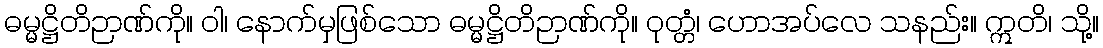
ဓမ္မဋ္ဌိတိဉာဏ်ကို။ ဝါ၊ နောက်မှဖြစ်သော ဓမ္မဋ္ဌိတိဉာဏ်ကို။ ဝုတ္တံ၊ ဟောအပ်လေ သနည်း။ ဣတိ၊ သို့။